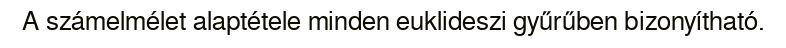
A számelmélet alaptétele minden euklideszi gyűrűben bizonyítható.